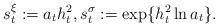
LaTeX: \begin{align*}s^\xi_t := a_t h_t^2, s^\sigma_t := \exp \{h_t^2 \ln a_t \}.\end{align*}